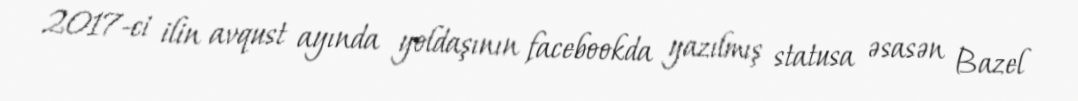
2017-ci ilin avqust ayında yoldaşının facebookda yazılmış statusa əsasən Bazel